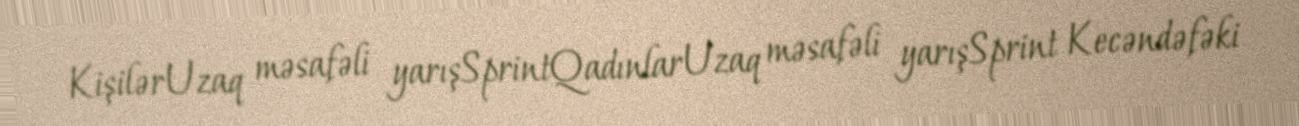
KişilərUzaq məsafəli yarışSprintQadınlarUzaq məsafəli yarışSprint Kecəndəfəki